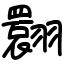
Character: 翾